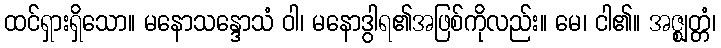
ထင်ရှားရှိသော။ မနောသန္ဒောသံ ဝါ၊ မနောဒွါရ၏အဖြစ်ကိုလည်း။ မေ၊ ငါ၏။ အဇ္ဈတ္တံ၊